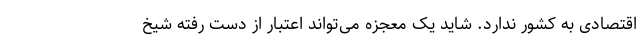
اقتصادی به کشور ندارد. شاید یک معجزه می‌تواند اعتبار از دست رفته شیخ